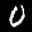
Label: 0